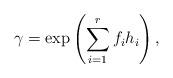
LaTeX: \begin{align*}\gamma = \exp \left(\sum_{i=1}^r f_i h_i\right), \end{align*}